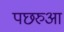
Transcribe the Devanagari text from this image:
पछरुआ